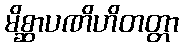
မိစ္ဆာပဏိဟိတတ္တာ